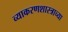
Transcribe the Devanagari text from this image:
व्याकरणशास्त्राच्या